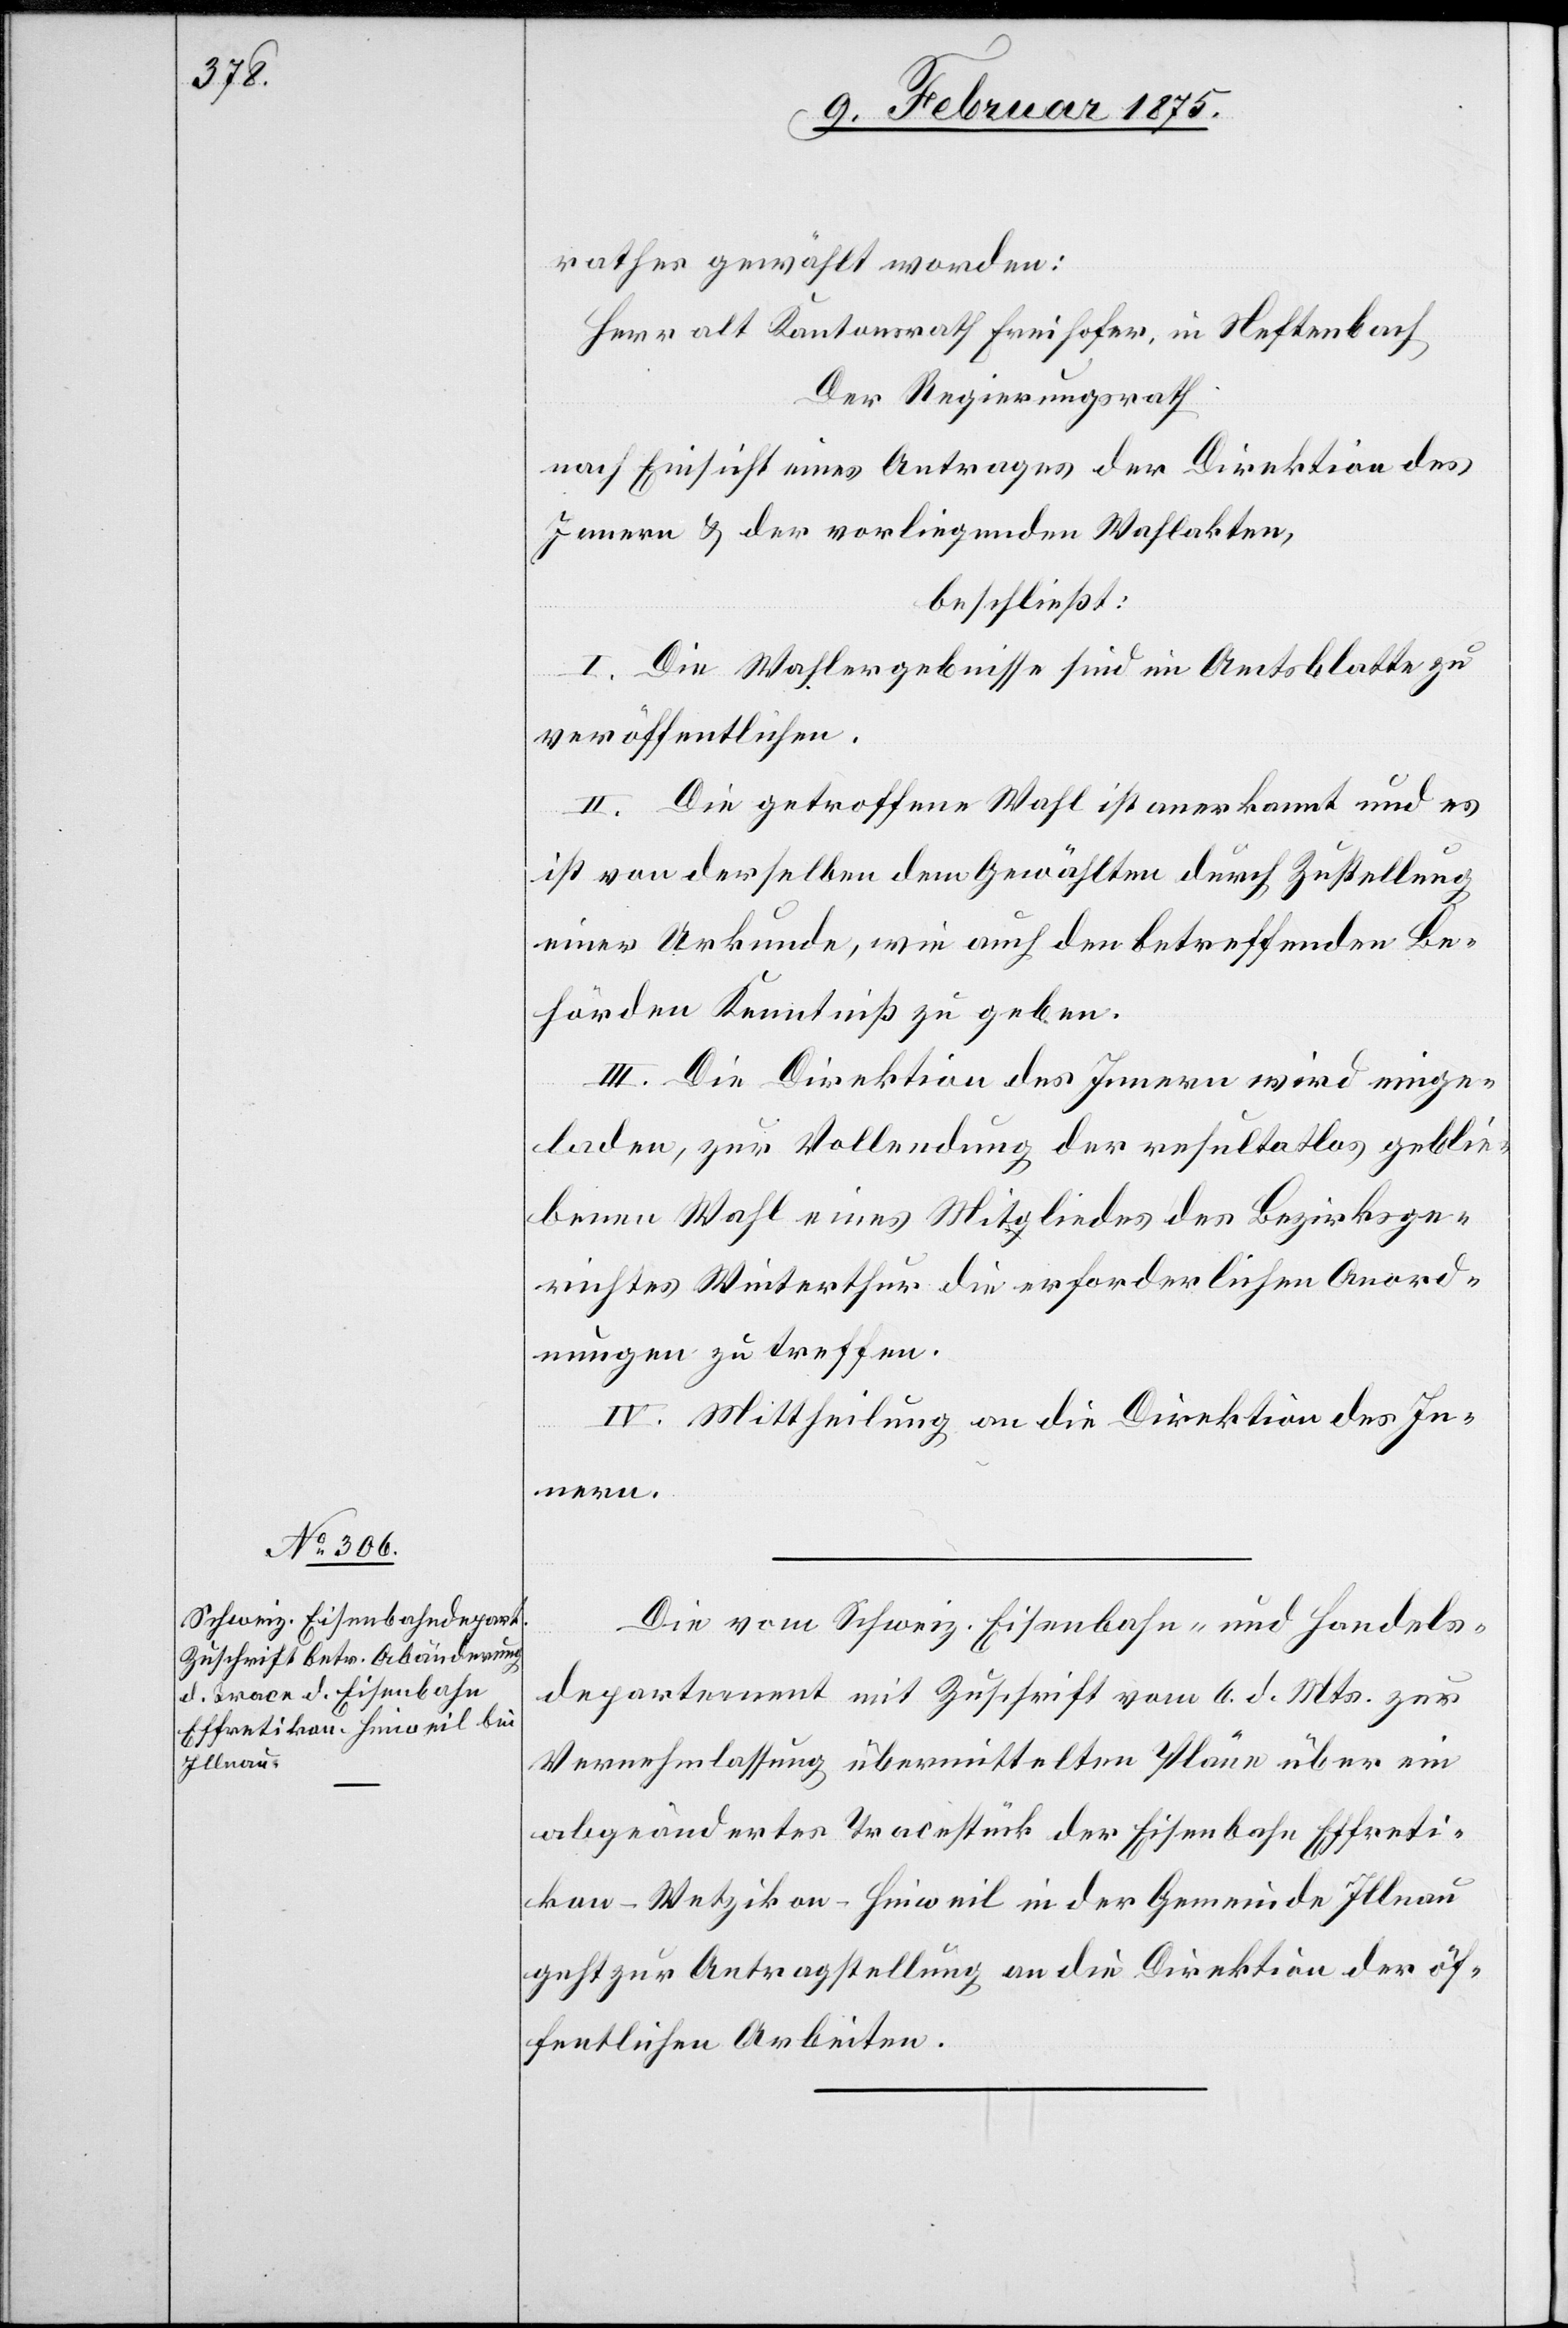
9. Februar 1875.]
rathes gewählt worden:
Herr alt Kantonsrath Freihofer, in Neftenbach
Der Regierungsrath
nach Einsicht eines Antrages der Direktion des
Innern & der vorliegenden Wahlakten,
beschließt:
I. Die Wahlergebnisse sind im Amtsblatt zu
veröffentlichen.
II. Die getroffene Wahl ist anerkannt und es
ist von derselben dem Gewählten durch Zustellung
einer Urkunde, wie auch den betreffenden Be¬
hörden Kenntniß zu geben.
III. Die Direktion des Innern wird einge¬
laden, zur Vollendung der resultatlos geblie¬
benen Wahl eines Mitgliedes des Bezirksge¬
richtes Winterthur die erforderlichen Anord¬
nungen zu treffen.
IV. Mittheilung an die Direktion des In¬
nern.
Die vom Schweiz. Eisenbahn- und Handels¬
departement mit Zuschrift vom 6. d. Mts. zur
Vernehmlassung übermittelten Pläne über ein
abgeändertes Tracestück der Eisenbahn Effreti¬
kon–Wetzikon–Hinweil in der Gemeinde Illnau
geht zur Antragstellung an die Direktion der öf¬
fentlichen Arbeiten.